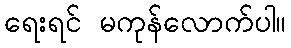
ရေးရင် မကုန်လောက်ပါ။